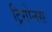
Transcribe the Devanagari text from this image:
ट्रिगोनस